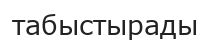
табыстырады